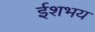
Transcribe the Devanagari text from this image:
ईशभय